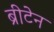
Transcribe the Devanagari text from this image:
ब्रीटेन